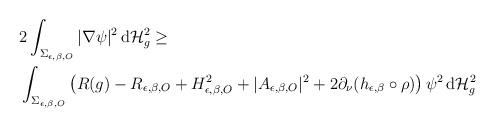
LaTeX: \begin{align*}&2\int_{\Sigma_{\epsilon,\beta,O}}|\nabla \psi|^2\,\mathrm d\mathcal H^2_g\geq\\&\int_{\Sigma_{\epsilon,\beta,O}}\left(R(g)-R_{\epsilon,\beta,O}+H_{\epsilon,\beta,O}^2+|A_{\epsilon,\beta,O}|^2+2\partial_\nu(h_{\epsilon,\beta}\circ \rho)\right)\psi^2\,\mathrm d\mathcal H^2_g\end{align*}